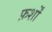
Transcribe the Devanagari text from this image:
फ़र्शों